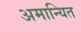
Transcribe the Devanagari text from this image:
अमान्यित